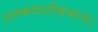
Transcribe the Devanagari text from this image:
शाम्भवशक्तिभाजं।